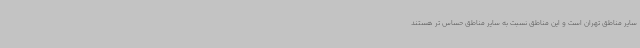
سایر مناطق تهران است و این مناطق نسبت به سایر مناطق حساس تر هستند